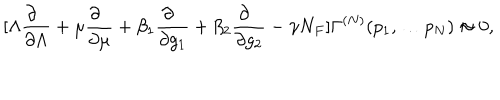
[ \Lambda \frac { \partial \phantom { a } } { \partial \Lambda } + \mu \frac { \partial \phantom { a } } { \partial \mu } + \beta _ { 1 } \frac { \partial \phantom { a } } { \partial g _ { 1 } } + \beta _ { 2 } \frac { \partial \phantom { a } } { \partial g _ { 2 } } - \gamma N _ { F } ] \Gamma ^ { ( N ) } ( p _ { 1 } , \ldots p _ { N } ) \approx 0 ,